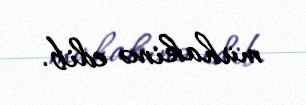
mühakimə edib.